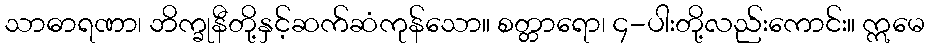
သာဓာရဏာ၊ ဘိက္ခုနီတို့နှင့်ဆက်ဆံကုန်သော။ စတ္တာရော၊ ၄-ပါးတို့လည်းကောင်း။ ဣမေ